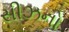
સીઝનો